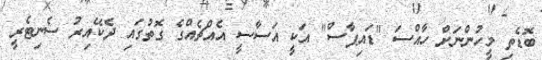
ބޮޑެތި މީހުންނަށް ހާއްސަ "ޑައިޕާސް" އަކީ އަސާސީ އެއްޗެއްގެ ގޮތުގައި ދެކޭއިރު ސެނިޓެރީ